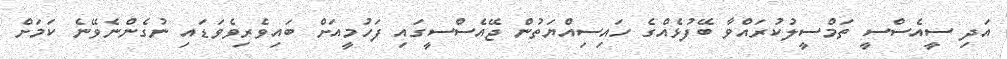
އަދި ސީއެސްސީ ތަމްސީލުކުރައްވާ ބޭފުޅެއްގެ ހައިސިއްޔަތުން ޖޭއެސްސީގައި ފަހުމީއަށް ބައިވެރިވެވަޑައި ނުގެންނެވޭނެ ކަމަށް